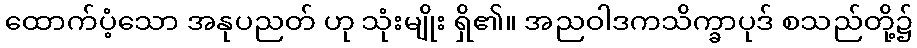
ထောက်ပံ့သော အနုပညတ် ဟု သုံးမျိုး ရှိ၏။ အညဝါဒကသိက္ခာပုဒ် စသည်တို့၌